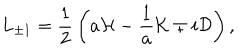
LaTeX: L _ { \pm 1 } = { \frac { 1 } { 2 } } \left( a { \cal H } - { \frac { 1 } { a } } { \cal K } \mp i { \cal D } \right) ,